Annual administration report of the Civil Veterinary Department of India - 1892-1893
Year: 1892
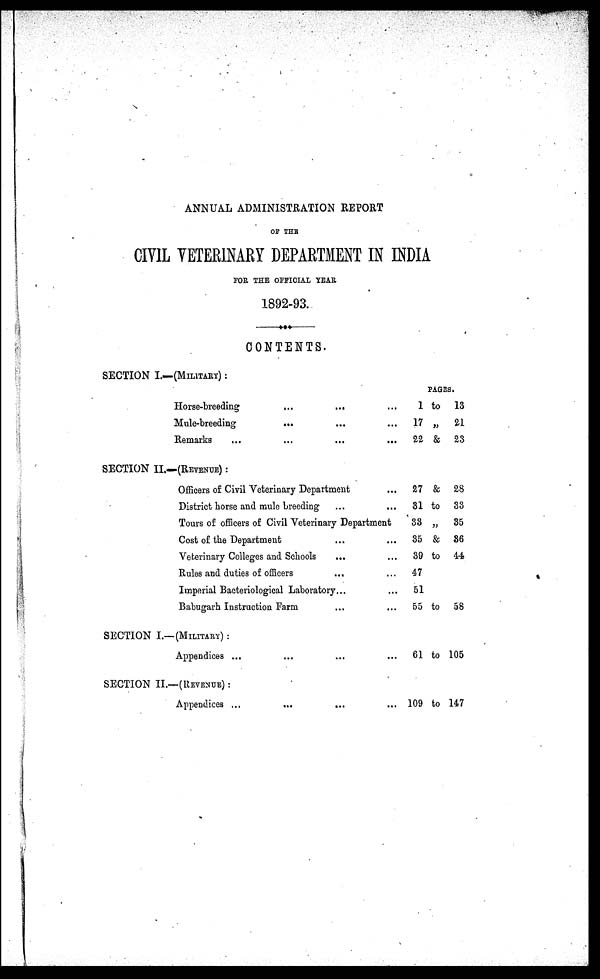
ANNUAL ADMINISTRATION REPORT
OF THE
CIVIL VETERINARY DEPARTMENT IN INDIA
FOR THE OFFICIAL YEAR.
1892-93.
CONTENTS.
SECTION I.—(MILITARY):
Horse-breeding
...
...
...
Mule-breeding
... ... ...
Remarks
...
...
...
...
SECTION II.—(REVENUE):
Officers of Civil Veterinary Department ...
District horse and mule breeding ... ...
Tours of officers of Civil Veterinary Department
Cost of the Department ... ...
Veterinary Colleges and Schools
... ...
Rules and duties of officers ... ...
Imperial Bacteriological Laboratory ... ...
Babugarh Instruction Farm ... ...
SECTION I.—(MILITARY):
Appendices ... ... ... ...
SECTION II.—(REVENUE):
Appendices ... ... ... ...
PAGES.
1 to 13
17 „ 21
22 & 23
27 & 28
31 to 33
33 „ 35
35 & 36
39 to 44
47
51
55 to 58
61 to 105
109 to 147